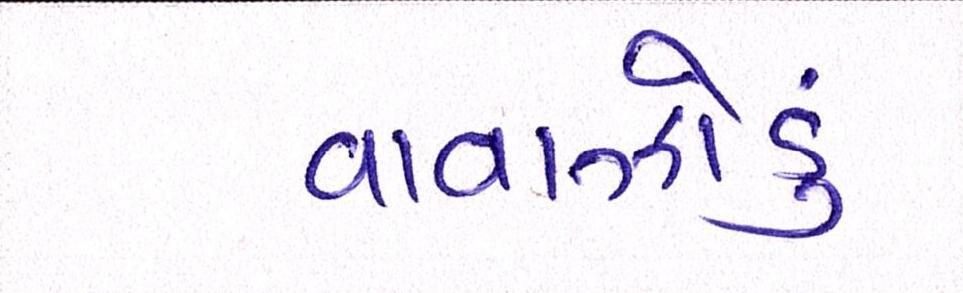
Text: વાવાઝોડું